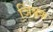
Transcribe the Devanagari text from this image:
ञिंबक